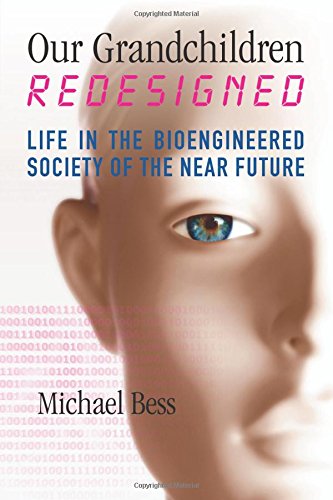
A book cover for Our Grandchildren Redesigned: Life in the Bioengineered Society of the Near Future; Michael Bess; Medical Books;